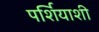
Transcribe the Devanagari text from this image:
पर्शियाशी